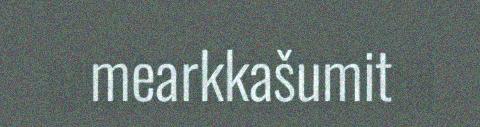
mearkkašumit